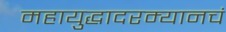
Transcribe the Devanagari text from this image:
महायुद्धादरम्यानचं